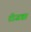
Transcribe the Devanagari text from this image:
रोजन्ना